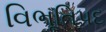
વિભૂતિપદ